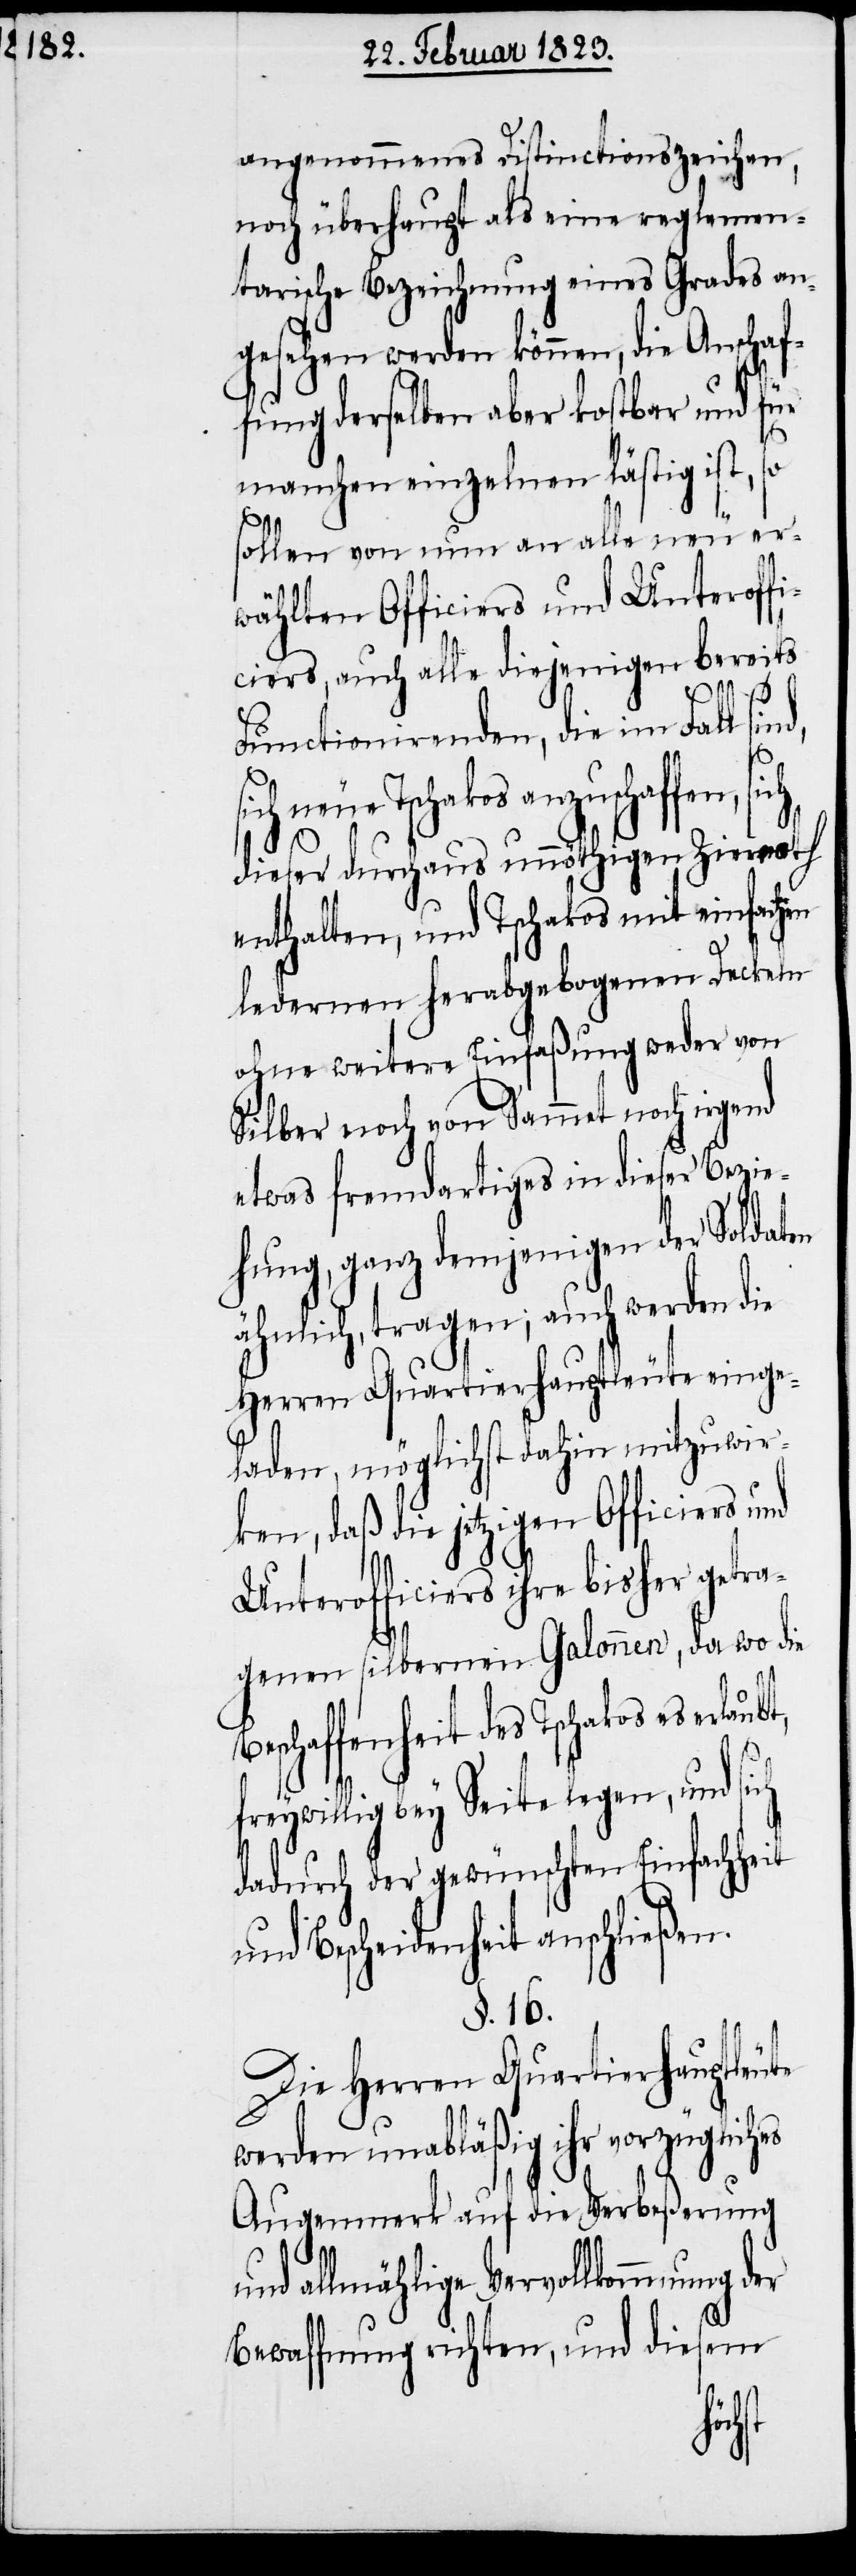
angenommenes Distinctionszeichen,
noch überhaupt als eine reglemen¬
tarische Bezeichnung eines Grades an¬
gesehen werden können, die Anschaf¬
fung derselben aber kostbar und für
B¬
manchen einzelnen lästig ist,
sollen von nun an alle neu er¬
wählten Officiers und Unteroff¬
iciers, auch alle diejenigen bereits
aubt,
Functionirenden, die im Fall sind,
neue Tschakos anzuschaffen,
dieser durchaus unnöthigen Ziernoth
enthalten, und Tschakos mit einfachen
ledernen herabgebogenen Deckeln
ohne weitere Einfaßung weder von
Silber noch von Sammet noch irgend
etwas fremdartiges in dieser Bezie¬
hung, ganz demjenigen der Soldaten
ähnlich, tragen; auch werden die
Herren Quartierhauptleute einge¬
laden, möglichst dahin mitzuwir¬
ken, daß die jetzigen Officiers und
Unterofficiers ihre bisher getra¬
genen silbernen Galonnen, da wo die
eschaffenheit des Tschakos es erl¬
freywillig bey Seite legen, und s¬
dadurch der gewünschten Einfachheit
und Bescheidenheit anschließen.
§. 16.
Die Herren Quartierhauptleute
werden unabläßig ihr vorzügliches
Augenmerk auf die Verbeßerung
und allmählige Vervollkommnung der
Bewaffnung richten, und diesem
ich